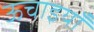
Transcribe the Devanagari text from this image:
ऊचाइयाँ